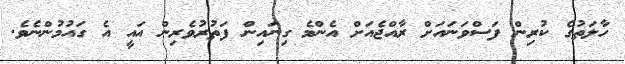
ހާލަތުގެ ކުރިން ފަސްވަނައަށް ރާއްޖެއަށް އެންމެ ގިނައިން ފަތުރުވެރިން އައީ އެ ގައުމުންނެވެ.